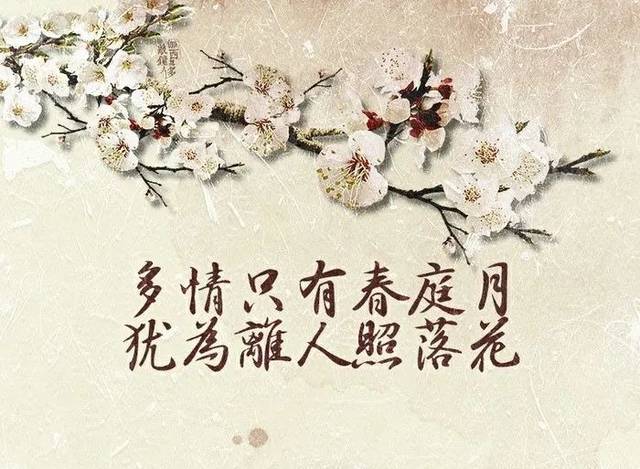
多情只有春庭月，犹为离人照落花。